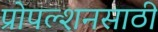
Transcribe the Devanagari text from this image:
प्रोपल्शनसाठी